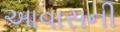
આવાસની